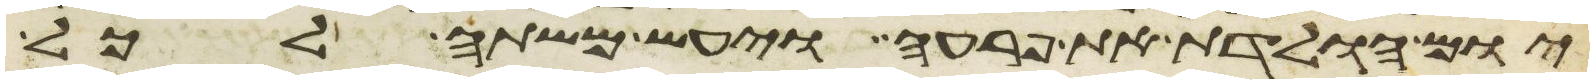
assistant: יום הולדת את פרעה ויעש משתה לכל